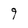
Character: g